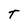
Character: T